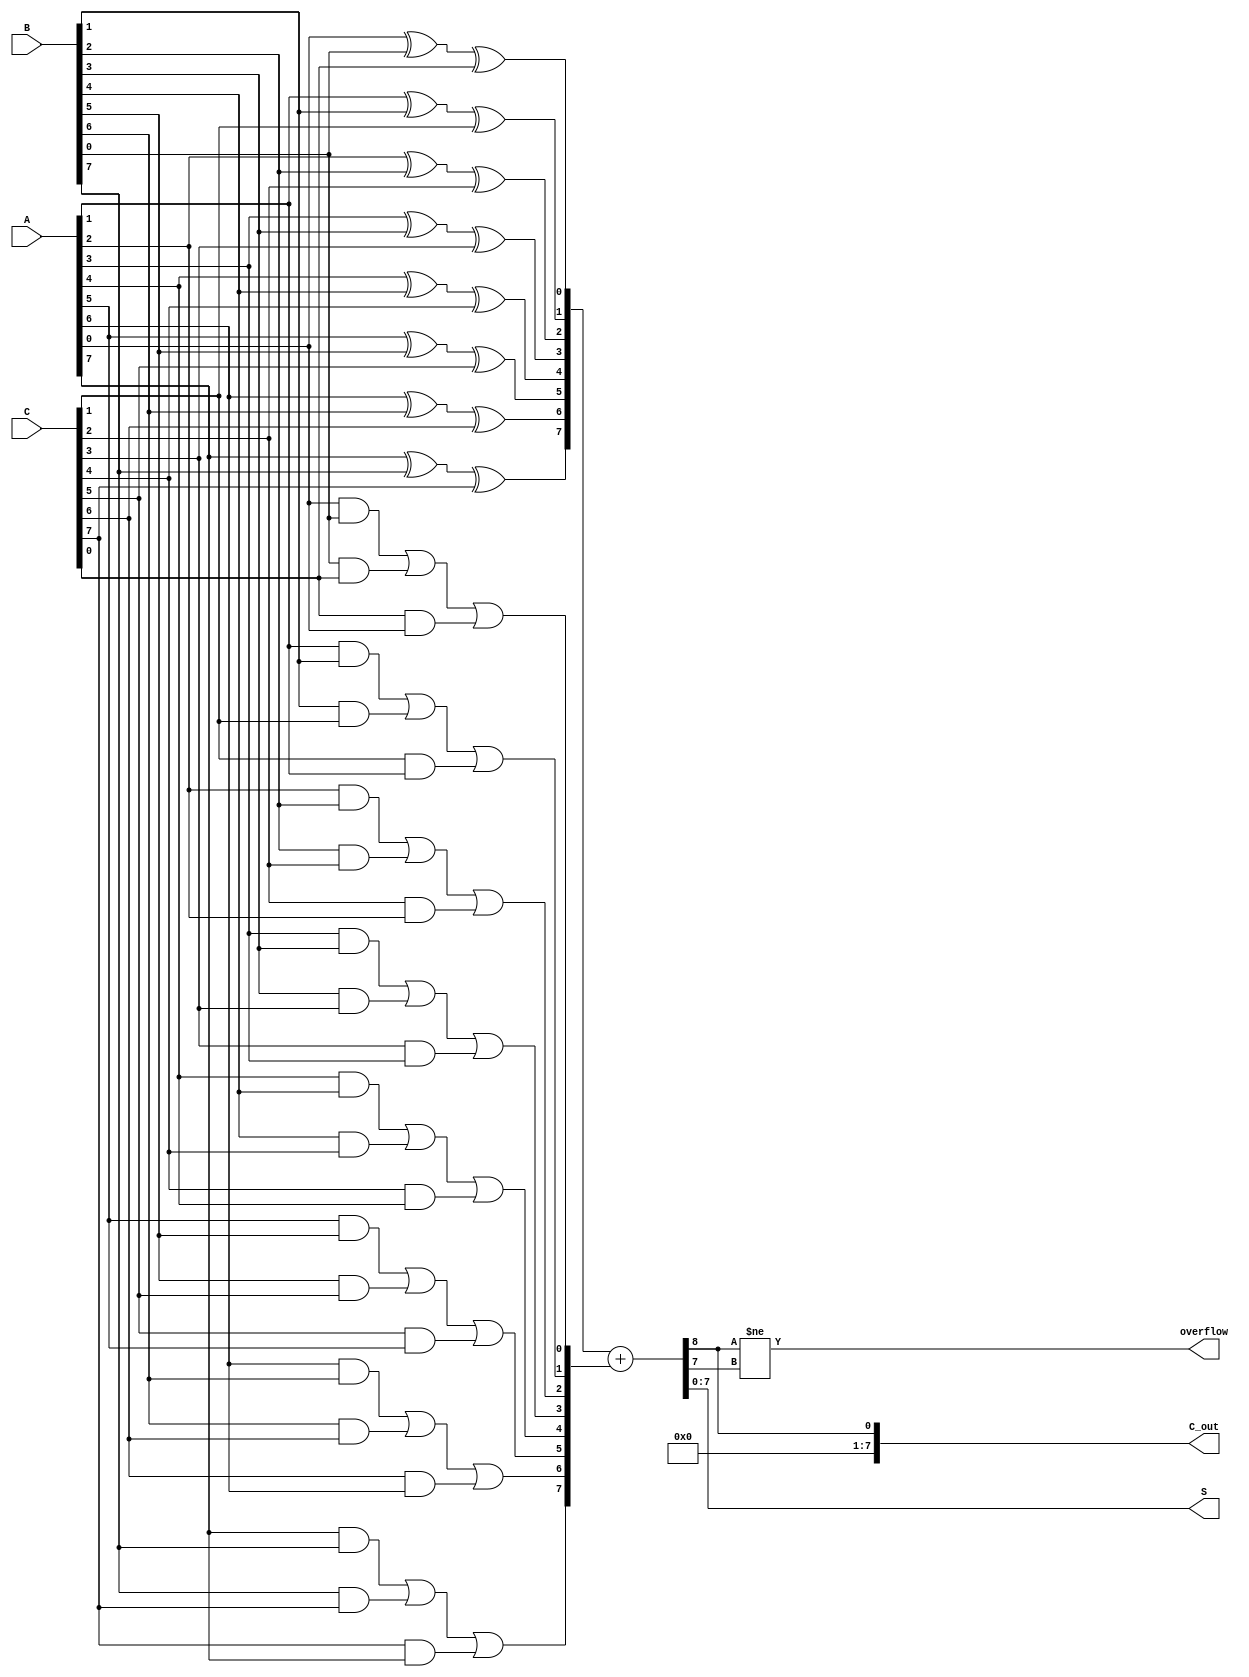
module ModifiedCarrySaveAdder #(parameter N = 8) (
    input  [N-1:0] A,  // First operand
    input  [N-1:0] B,  // Second operand
    input  [N-1:0] C,  // Third operand
    output [N-1:0] S,  // Final sum output
    output [N-1:0] C_out, // Final carry output
    output overflow      // Overflow flag
);

    // Intermediate partial sums and carries
    wire [N-1:0] S_partial;
    wire [N-1:0] C_partial;

    // Generate partial sums and carries
    genvar i;
    generate
        for (i = 0; i < N; i = i + 1) begin : CSA
            assign S_partial[i] = A[i] ^ B[i] ^ C[i]; // Partial sum
            assign C_partial[i] = (A[i] & B[i]) | (B[i] & C[i]) | (C[i] & A[i]); // Partial carry
        end
    endgenerate

    // Final addition stage using Ripple Carry Adder
    wire [N:0] final_sum; // Extra bit for carry out
    assign final_sum = {1'b0, S_partial} + {1'b0, C_partial}; // Add partial sum and carry

    assign S = final_sum[N-1:0]; // Final sum output
    assign C_out = final_sum[N]; // Final carry output

    // Overflow detection
    assign overflow = (final_sum[N] != final_sum[N-1]);

endmodule